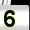
Digit: 5